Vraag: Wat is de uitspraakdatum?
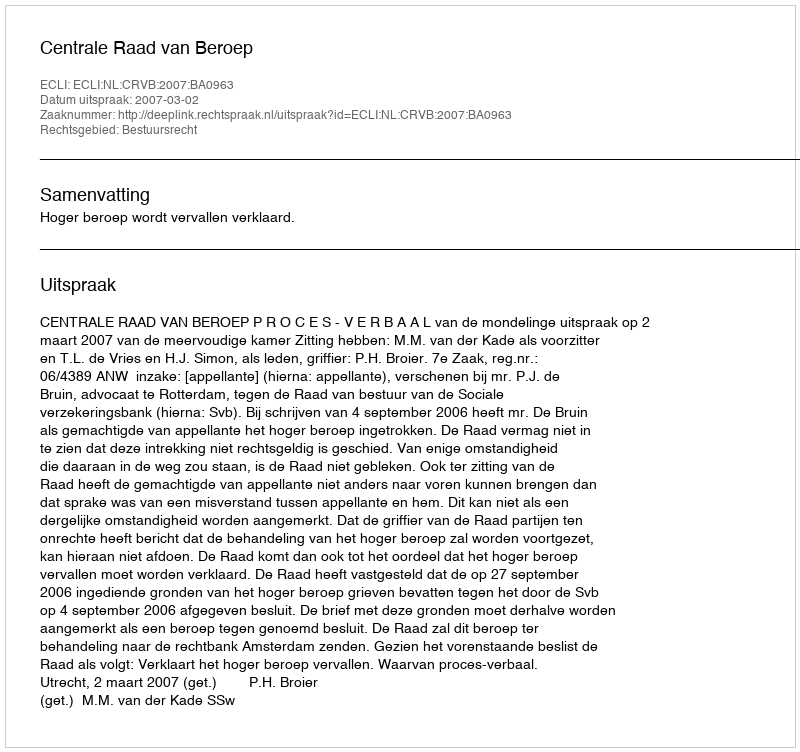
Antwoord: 2007-03-02